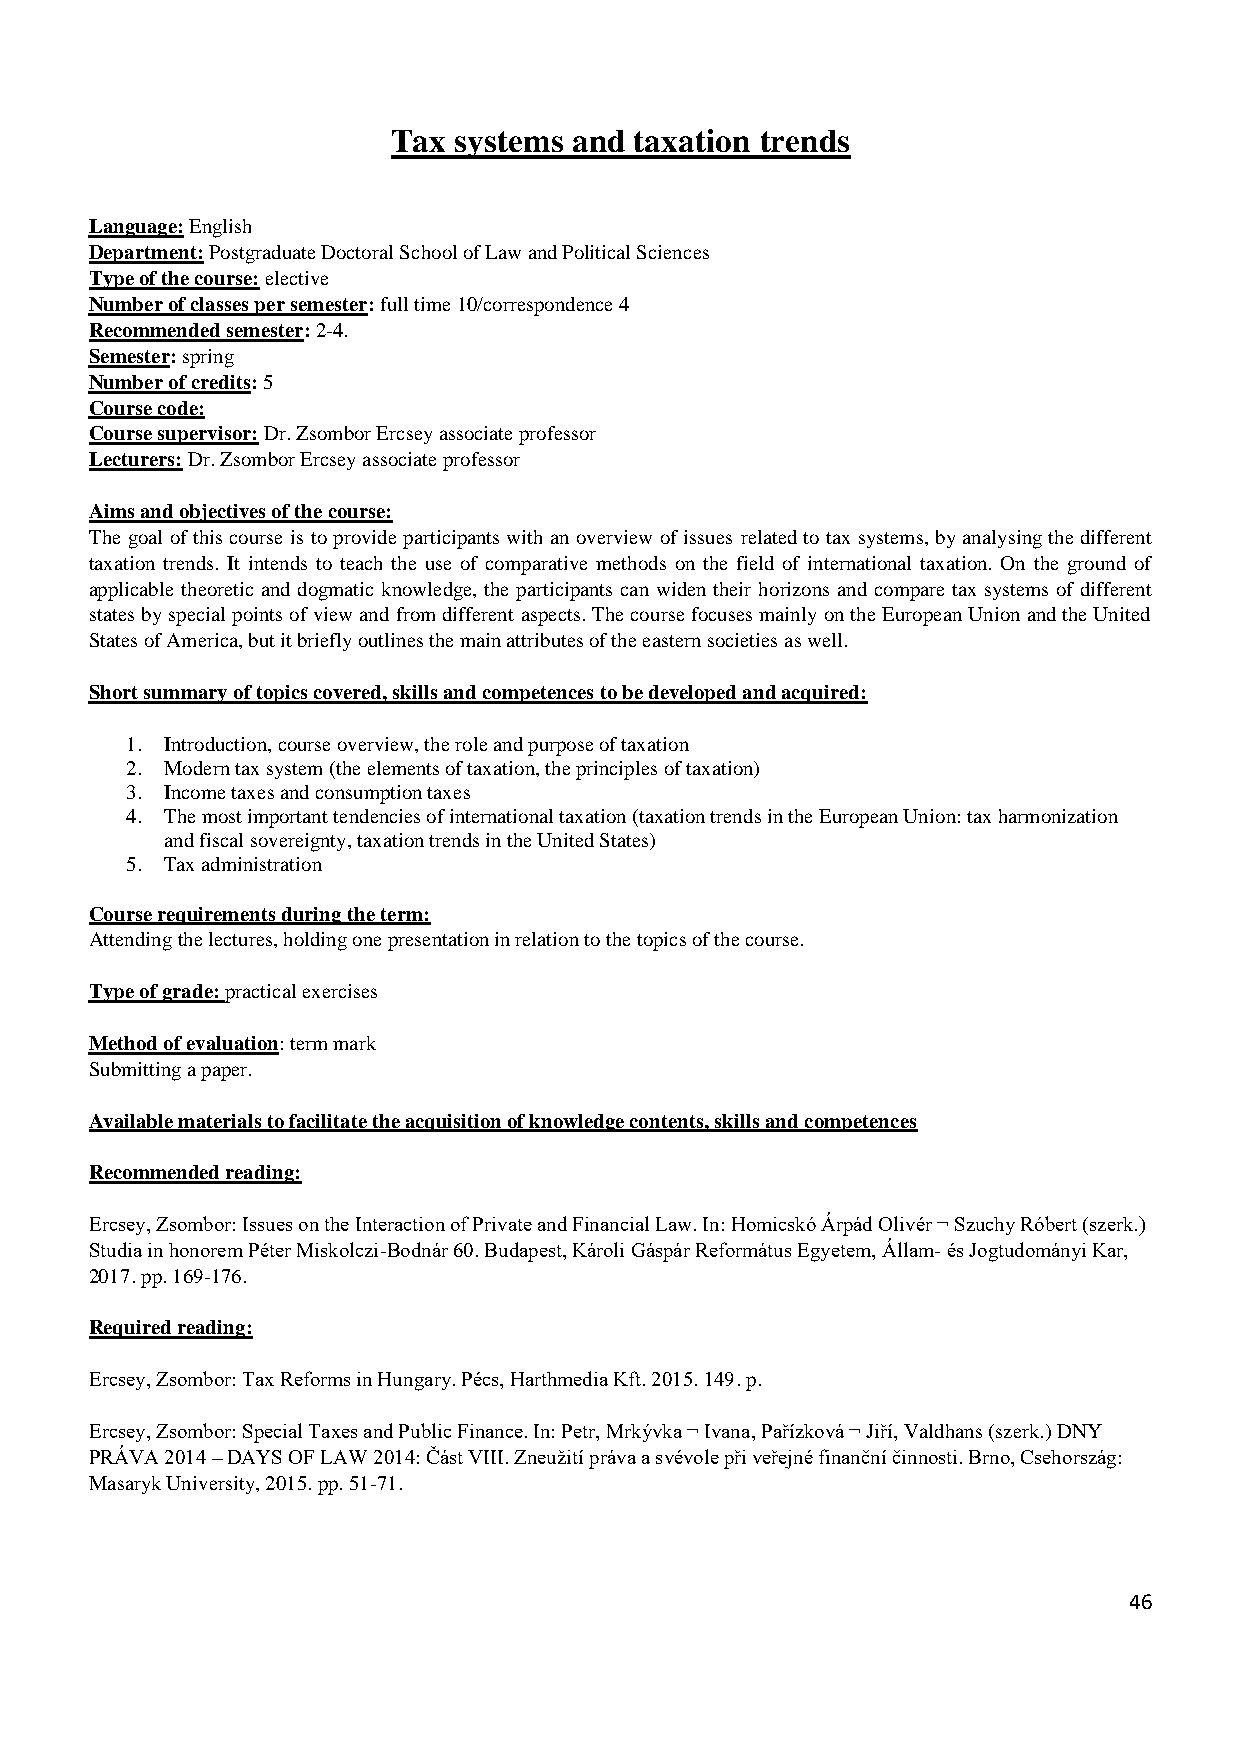
Tax systems and taxation trends
 Language: English
 Department: Postgraduate Doctoral School of Law and Political Sciences
 Type of the course: elective
 Number of classes per semester: full time 10/correspondence 4
 Recommended semester: 2-4.
 Semester: spring
 Number of credits: 5
 Course code:
 Course supervisor: Dr. Zsombor Ercsey associate professor
 Lecturers: Dr. Zsombor Ercsey associate professor
 Aims and objectives of the course:
 The goal of this course is to provide participants with an overview of issues related to tax systems, by analysing the different
 taxation trends. It intends to teach the use of comparative methods on the field of international taxation. On the ground of
 applicable theoretic and dogmatic knowledge, the participants can widen their horizons and compare tax systems of different
 states by special points of view and from different aspects. The course focuses mainly on the European Union and the United
 States of America, but it briefly outlines the main attributes of the eastern societies as well.
 Short summary of topics covered, skills and competences to be developed and acquired:
 1. Introduction, course overview, the role and purpose of taxation
 2. Modern tax system (the elements of taxation, the principles of taxation)
 3. Income taxes and consumption taxes
 4. The most important tendencies of international taxation (taxation trends in the European Union: tax harmonization
 and fiscal sovereignty, taxation trends in the United States)
 5. Tax administration
 Course requirements during the term:
 Attending the lectures, holding one presentation in relation to the topics of the course.
 Type of grade: practical exercises
 Method of evaluation: term mark
 Submitting a paper.
 Available materials to facilitate the acquisition of knowledge contents, skills and competences
 Recommended reading:
 Ercsey, Zsombor: Issues on the Interaction of Private and Financial Law. In: Homicskó Árpád Olivér ¬ Szuchy Róbert (szerk.)
 Studia in honorem Péter Miskolczi-Bodnár 60. Budapest, Károli Gáspár Református Egyetem, Állam- és Jogtudományi Kar,
 2017. pp. 169-176.
 Required reading:
 Ercsey, Zsombor: Tax Reforms in Hungary. Pécs, Harthmedia Kft. 2015. 149. p.
 Ercsey, Zsombor: Special Taxes and Public Finance. In: Petr, Mrkývka ¬ Ivana, Pařízková ¬ Jiří, Valdhans (szerk.) DNY
 PRÁVA 2014 – DAYS OF LAW 2014: Část VIII. Zneužití práva a svévole při veřejné finanční činnosti. Brno, Csehország:
 Masaryk University, 2015. pp. 51-71.
 46